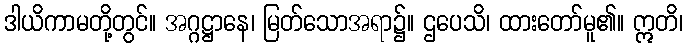
ဒါယိကာမတို့တွင်။ အဂ္ဂဋ္ဌာနေ၊ မြတ်သောအရာ၌။ ဌပေသိ၊ ထားတော်မူ၏။ ဣတိ၊